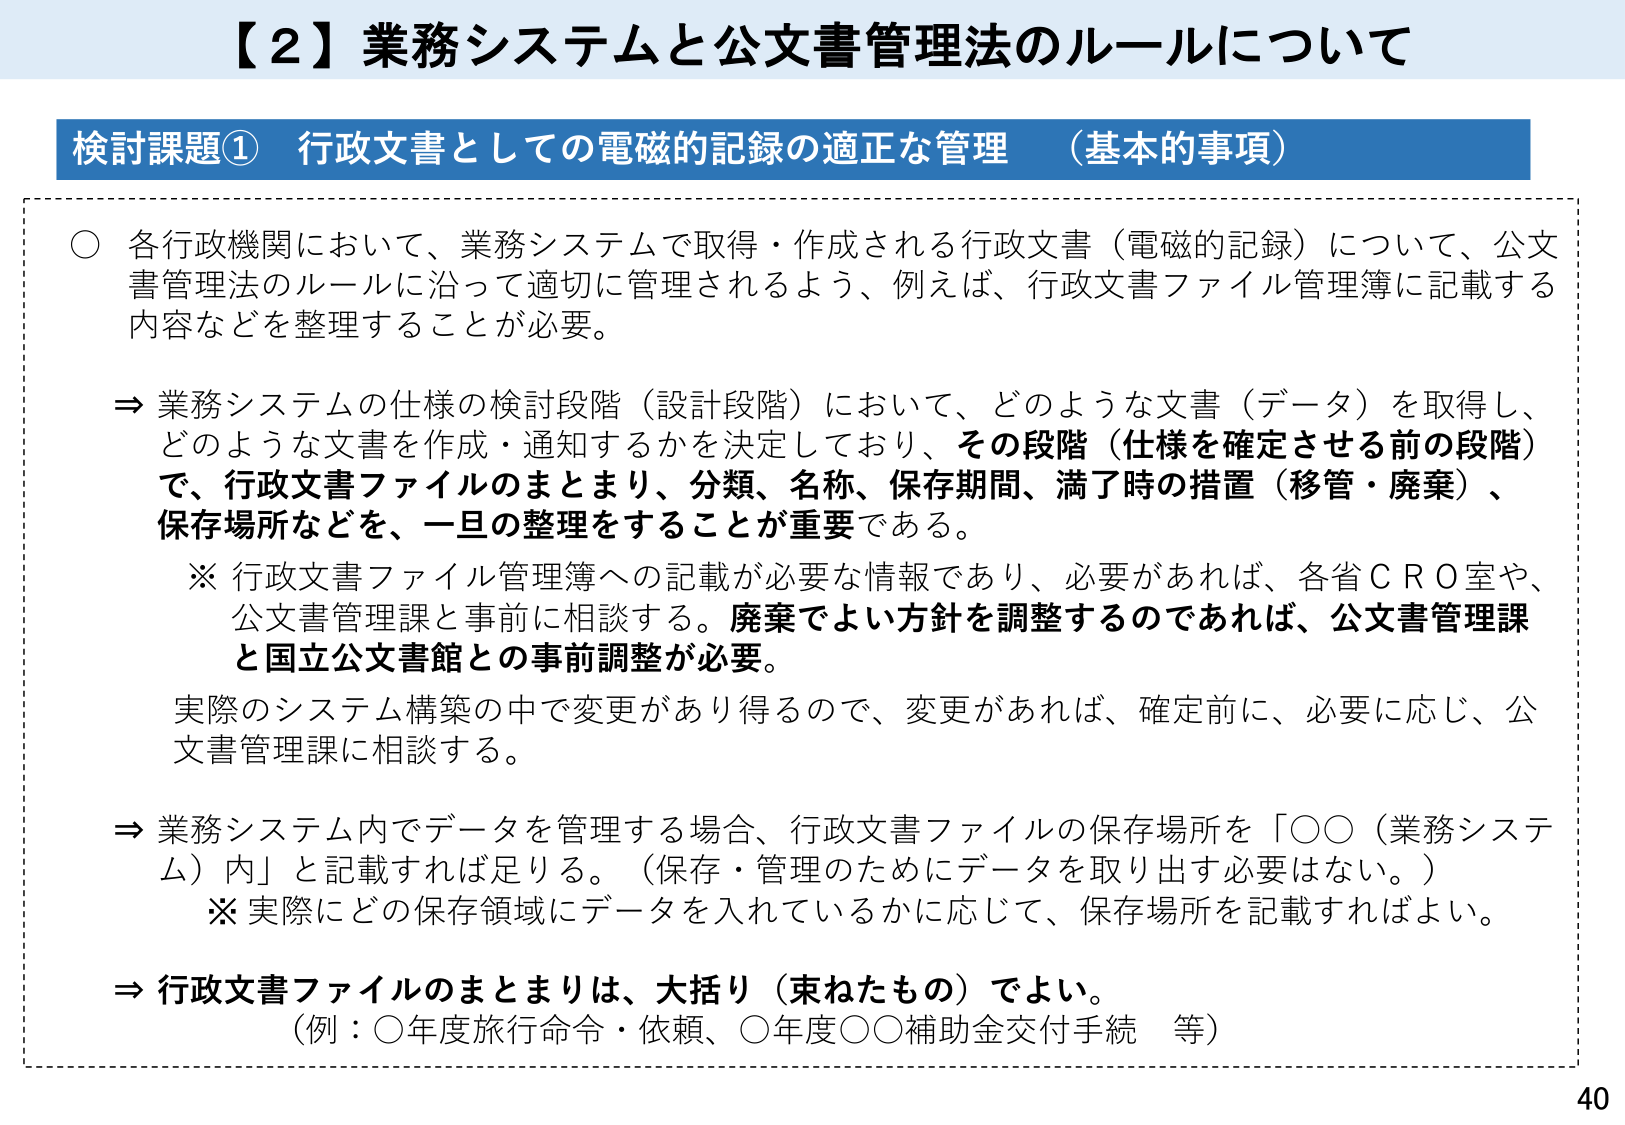
【２】業務システムと公文書管理法のルールについて

検討課題① 行政文書としての電磁的記録の適正な管理 （基本的事項）

○ 各行政機関において、業務システムで取得・作成される行政文書（電磁的記録）について、公文書管理法のルールに沿って適切に管理されるよう、例えば、行政文書ファイル管理簿に記載する内容などを整理することが必要。

⇒ 業務システムの仕様の検討段階（設計段階）において、どのような文書（データ）を取得し、どのような文書を作成・通知するかを決定しており、その段階（仕様を確定させる前の段階）で、行政文書ファイルのまとまり、分類、名称、保存期間、満了時の措置（移管・廃棄）、保存場所などを、一旦の整理をすることが重要である。

※ 行政文書ファイル管理簿への記載が必要な情報であり、必要があれば、各省ＣＲＯ室や、公文書管理課と事前に相談する。廃棄でよい方針を調整するのであれば、公文書管理課と国立公文書館との事前調整が必要。

実際のシステム構築の中で変更があり得るので、変更があれば、確定前に、必要に応じ、公文書管理課に相談する。

⇒ 業務システム内でデータを管理する場合、行政文書ファイルの保存場所を「○○（業務システム）内」と記載すれば足りる。（保存・管理のためにデータを取り出す必要はない。）

※ 実際にどの保存領域にデータを入れているかに応じて、保存場所を記載すればよい。

⇒ 行政文書ファイルのまとまりは、大括り（束ねたもの）でよい。
（例：○年度旅行命令・依頼、○年度○○補助金交付手続 等）

40